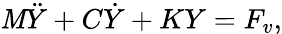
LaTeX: \mathit{M}\ddot{{Y}}+C\dot{{Y}}+KY={F_{v}},